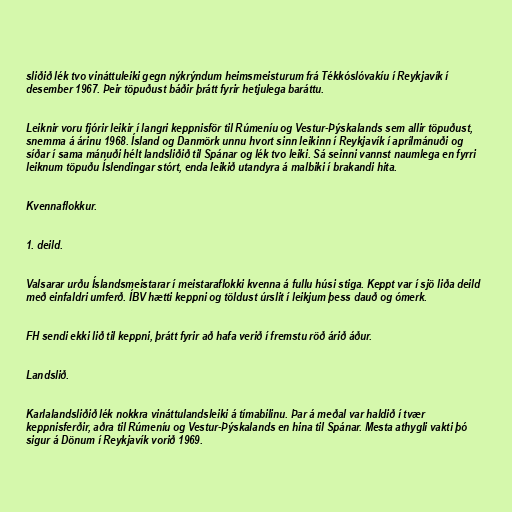
sliðið lék tvo vináttuleiki gegn nýkrýndum heimsmeisturum frá Tékkóslóvakíu í Reykjavík í
desember 1967. Þeir töpuðust báðir þrátt fyrir hetjulega baráttu.

Leiknir voru fjórir leikir í langri keppnisför til Rúmeníu og Vestur-Þýskalands sem allir töpuðust,
snemma á árinu 1968. Ísland og Danmörk unnu hvort sinn leikinn í Reykjavík í aprílmánuði og
síðar í sama mánuði hélt landsliðið til Spánar og lék tvo leiki. Sá seinni vannst naumlega en fyrri
leiknum töpuðu Íslendingar stórt, enda leikið utandyra á malbiki í brakandi hita.

Kvennaflokkur.

1. deild.

Valsarar urðu Íslandsmeistarar í meistaraflokki kvenna á fullu húsi stiga. Keppt var í sjö liða deild
með einfaldri umferð. ÍBV hætti keppni og töldust úrslit í leikjum þess dauð og ómerk.

FH sendi ekki lið til keppni, þrátt fyrir að hafa verið í fremstu röð árið áður.

Landslið.

Karlalandsliðið lék nokkra vináttulandsleiki á tímabilinu. Þar á meðal var haldið í tvær
keppnisferðir, aðra til Rúmeníu og Vestur-Þýskalands en hina til Spánar. Mesta athygli vakti þó
sigur á Dönum í Reykjavík vorið 1969.